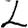
Digit: 2